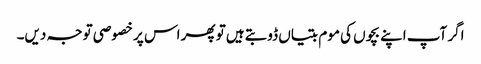
اگر آپ اپنے بچوں کی موم بتیاں ڈوبتے ہیں تو پھر اس پر خصوصی توجہ دیں۔